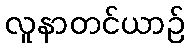
လူနာတင်ယာဉ်